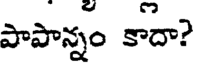
పాపాన్నం కాదా?